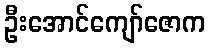
ဦးအောင်ကျော်ဇောက